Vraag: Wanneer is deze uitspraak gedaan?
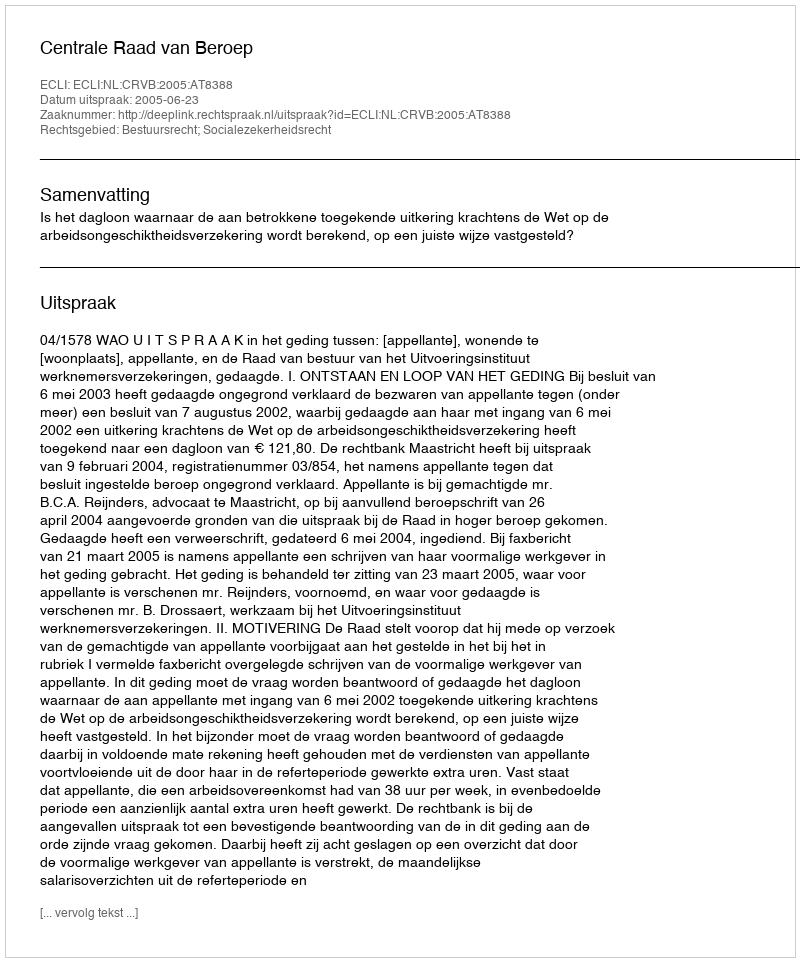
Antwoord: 2005-06-23